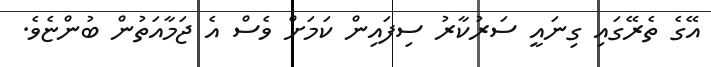
އޭގެ ތެރޭގައި ގިނައީ ސަރުކާރު ސިފައިން ކަމަށް ވެސް އެ ޖަމާއަތުން ބުންޏެވެ.